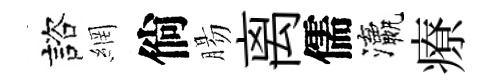
諮網倘腸离儒瀛療